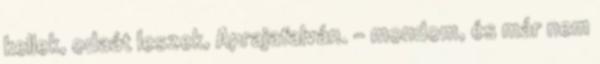
kellek, odaát leszek, Aprajafalván. - mondom, és már nem